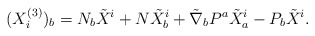
\begin{align*} (X_i^{(3)})_b = N_b \tilde X^i + N\tilde X^i_b+ \tilde \nabla_b P^a \tilde X^i_a - P_b \tilde X^i. \end{align*}